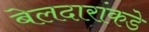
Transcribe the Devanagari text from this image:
बेलदारांकडे